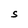
Character: S